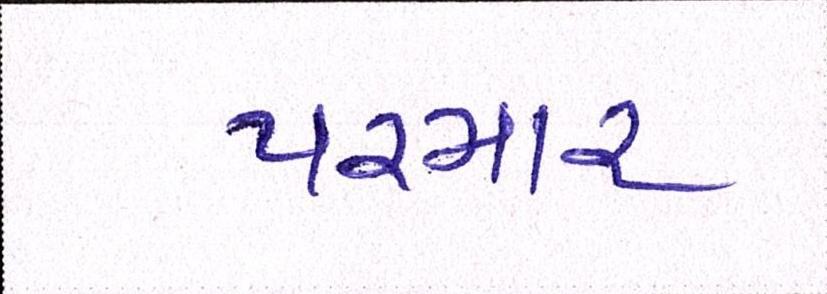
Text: પરમાર